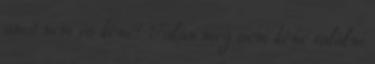
amit nem is kéne? Talán meg sem kéne találni